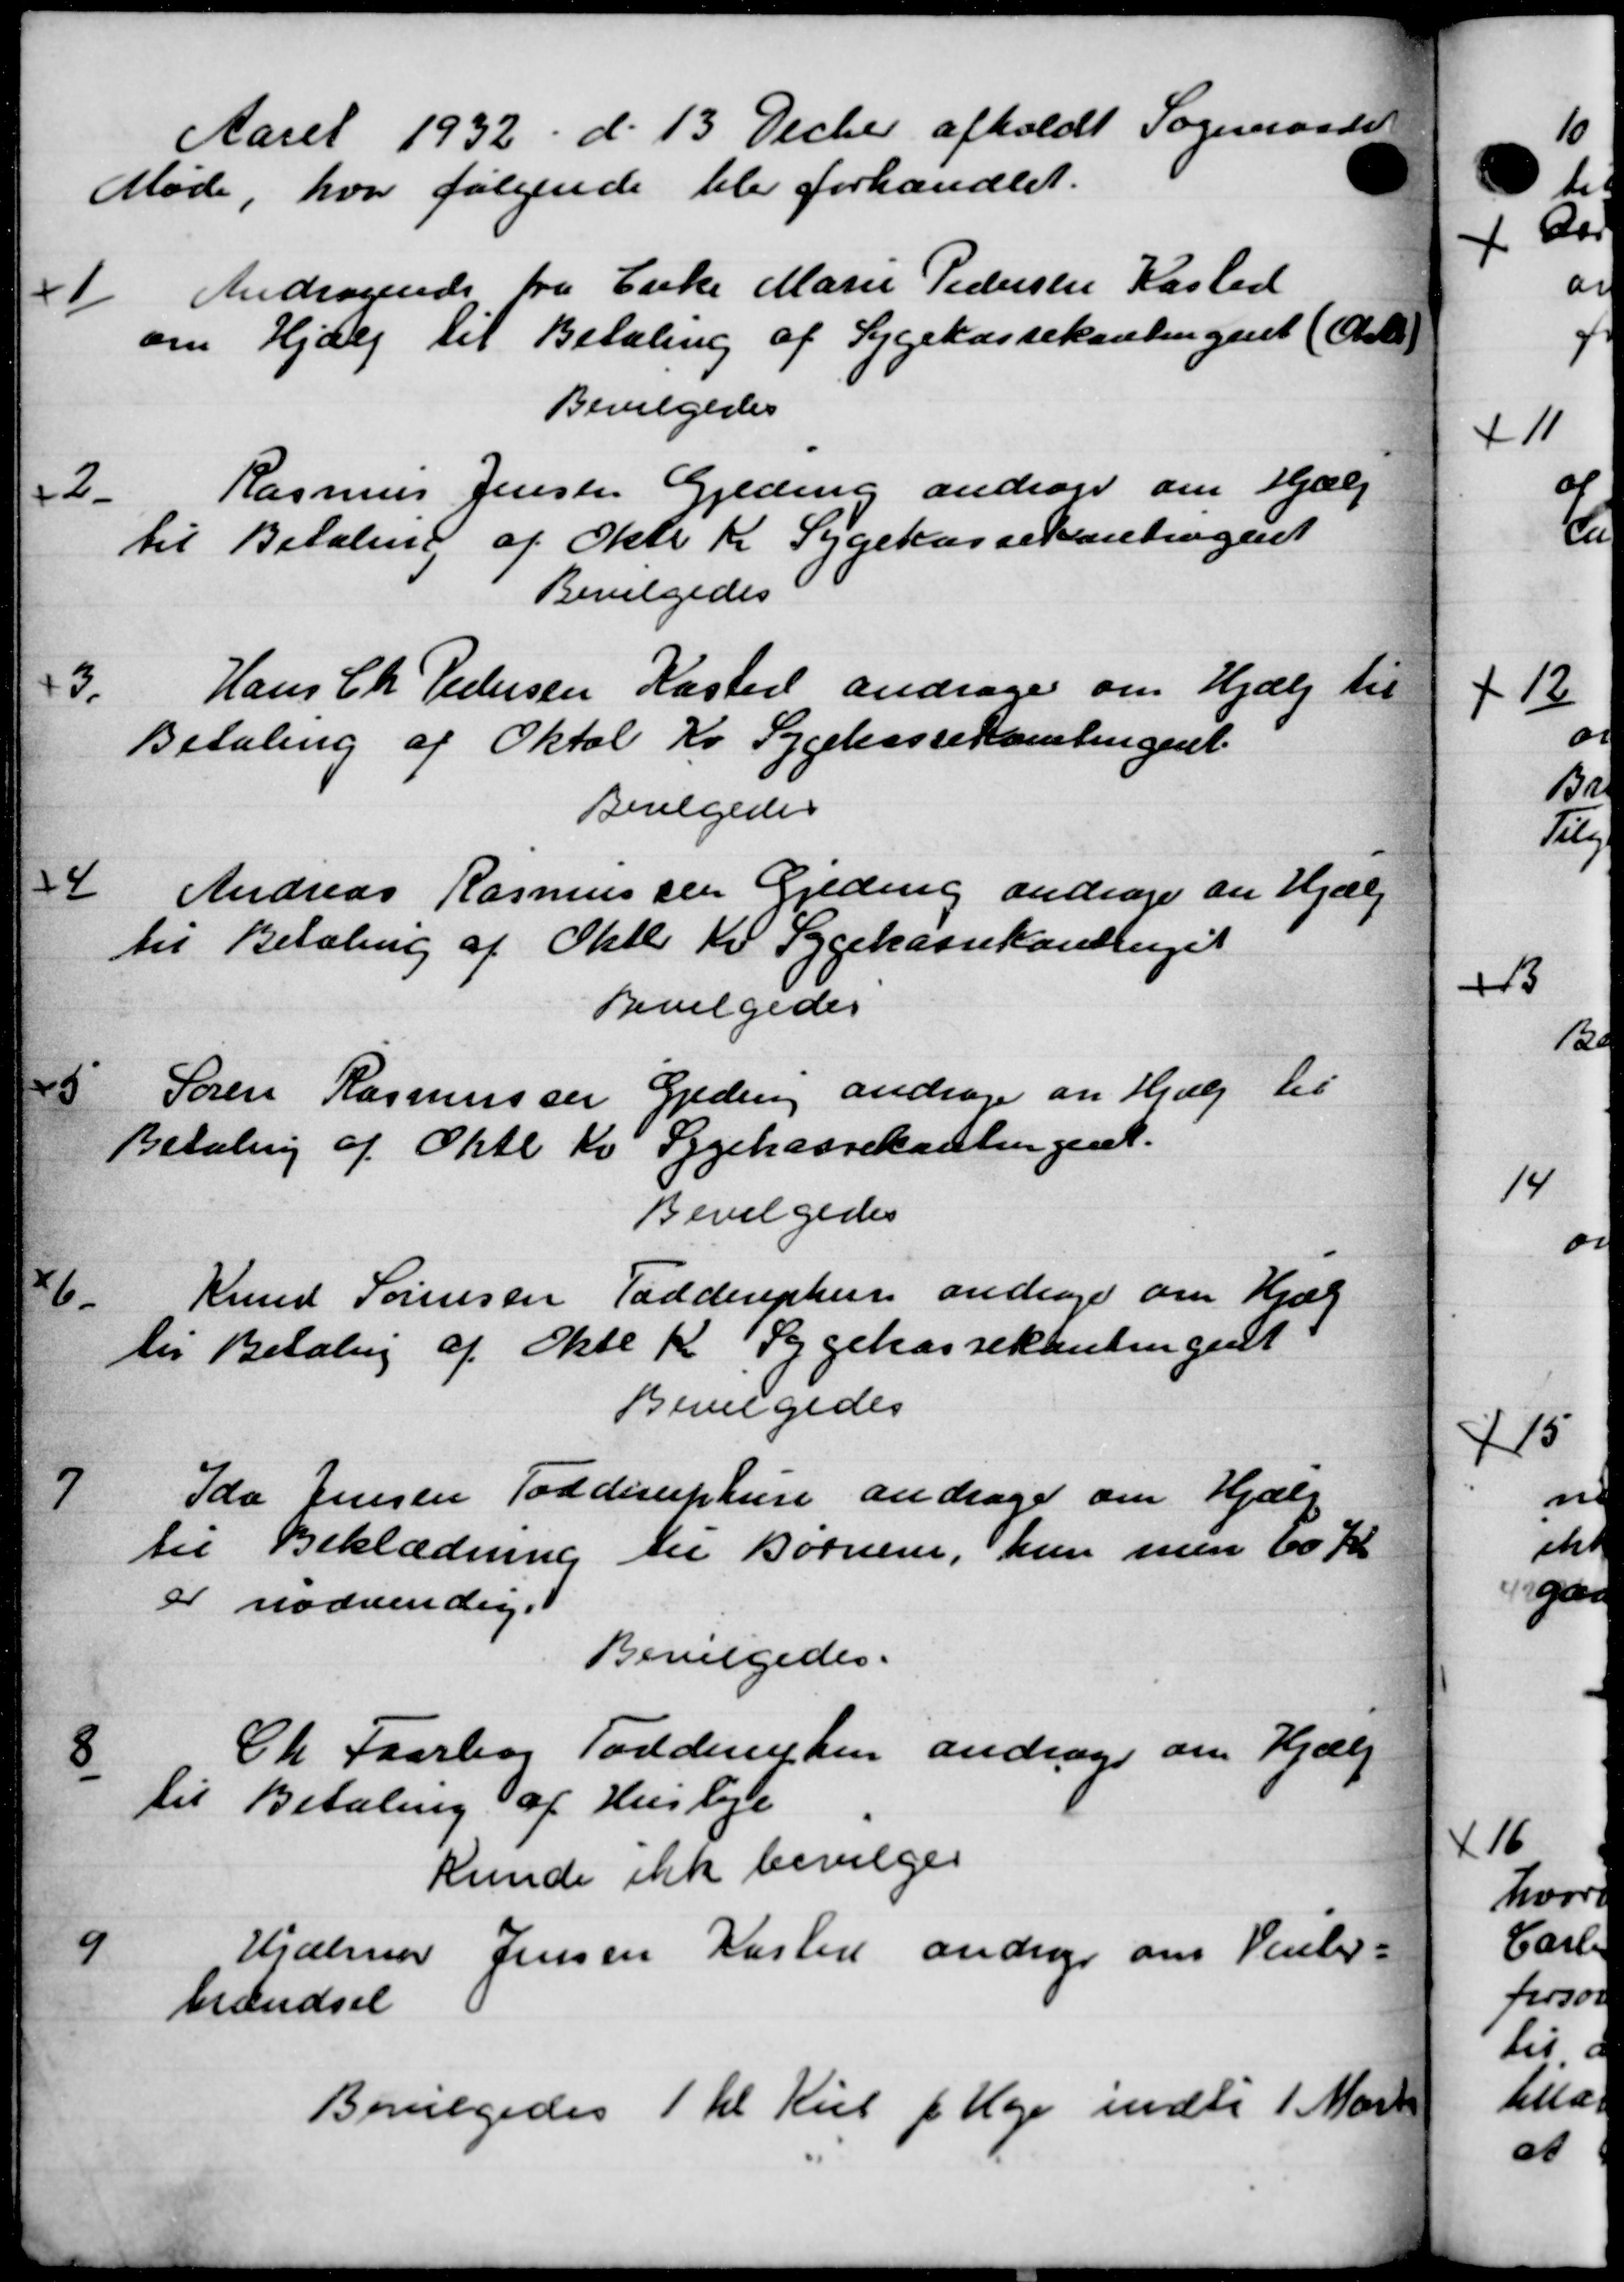
Transskription:
Aaret 1932 d. 13 Decber afholdt Sogneraadet
Møde, hvor følgende blev forhandlet.
1
Andragende fra Enke Marie Pedersen Kasted
om Hjælp til Betaling af Sygekassekontingent (Ark
Bevilgedes
2.
Rasmus Jensen Gjeding andrager om Hjælp
til Betaling af Okto Kr Sygekassekontingent
Bevilgedes
3.
Hans Chr. Pedersen Kasted andrager om Hjælp til
Betaling af Oktob Kr Sygekassekamlingent.
Bevilgedes
4
Andreas Rasmussen Gjeding andrager en Hjælp
til Betaling af Oktb. Kr Sygekassekontinget
Bevilgedes
5
Søren Rasmussen Gjeding andrager en Hjælp til
Betaling af Oktb Kv Sygekassekantingent.
Bevilgedes
6.
Knud Sørensen Taddeuphern andrager om Hjæl
til Betaling af Okte K. Sygekassekontingent
Bevilgedes
7
Ida Jensen Todderuphure andrager om Hjælp
til Beklædning til Børnene, kun men 60 Kr
er nødvendige
Bevilgedes.
8
Ch. Faarbog Torderuphen andrager om Hjælp
til Betaling af Husleje
kunde ikke bevilges
9
Hjalmar Jensen Kasted andrager om Venter-
brændsel
Bevilgedes 1 tl Kul pr. Uge indtil 1 Marts